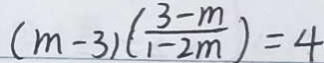
( m - 3 ) ( \frac { 3 - m } { 1 - 2 m } ) = 4